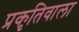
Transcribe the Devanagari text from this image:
प्रकृतिवाला